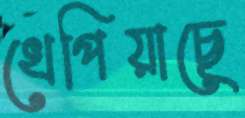
খেপিয়াছে